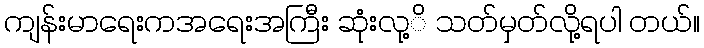
ကျန်းမာရေးကအရေးအကြီး ဆုံးလု့ိ သတ်မှတ်လို့ရပါ တယ်။